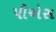
પીએસ